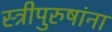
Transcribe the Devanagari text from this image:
स्त्रीपुरुषांना